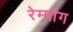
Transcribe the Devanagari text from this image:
रेम्पांग